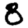
Digit: 8